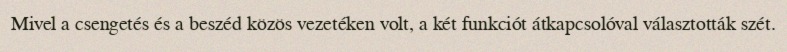
Mivel a csengetés és a beszéd közös vezetéken volt, a két funkciót átkapcsolóval választották szét.